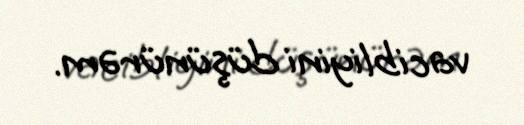
vacibliyini düşünürəm.